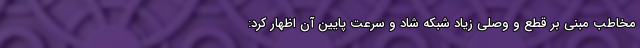
مخاطب مبنی بر قطع و وصلی زیاد شبکه شاد و سرعت پایین آن اظهار کرد: